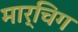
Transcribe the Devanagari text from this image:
मार्चिग